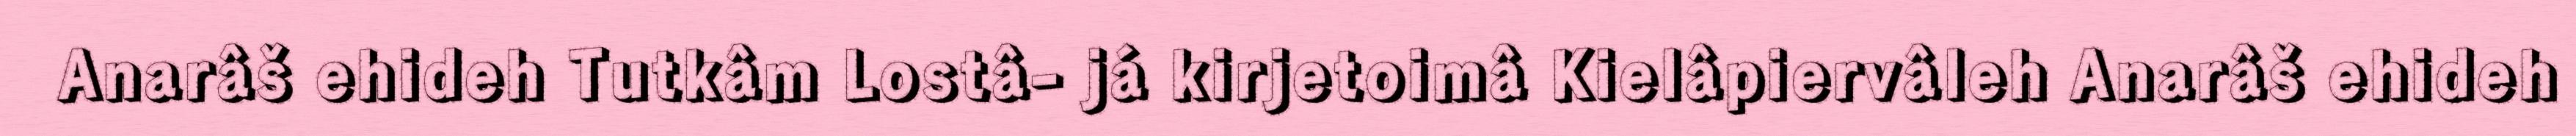
Anarâš ehideh Tutkâm Lostâ- já kirjetoimâ Kielâpiervâleh Anarâš ehideh